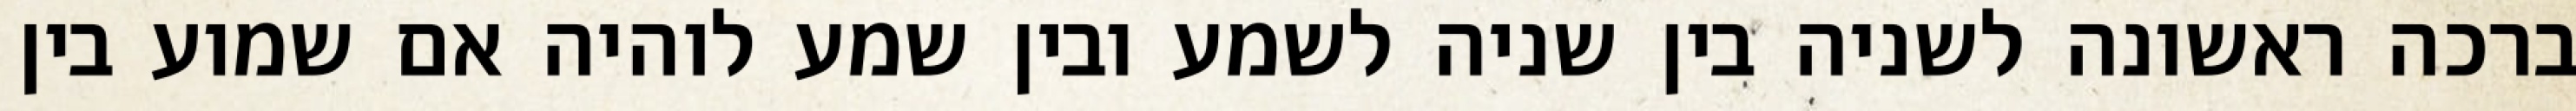
ברכה ראשונה לשניה בין שניה לשמע ובין שמע לוהיה אם שמוע בין